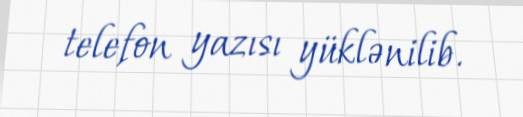
telefon yazısı yüklənilib.